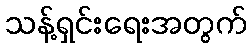
သန့်ရှင်းရေးအတွက်